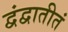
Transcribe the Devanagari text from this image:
द्वंद्वातीतं